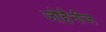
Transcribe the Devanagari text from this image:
जोहैनीज